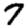
Digit: 7